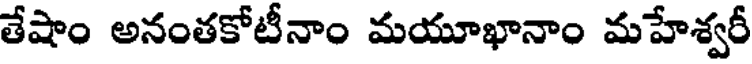
తేషాం అనంతకోటీనాం మయూఖానాం మహేశ్వరీ